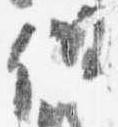
但